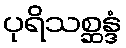
ပုရိသစ္ဆန္ဒံ